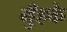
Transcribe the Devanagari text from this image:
मुँहके